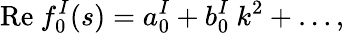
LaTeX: \mathrm{Re~}f_{0}^{I}(s)=a_{0}^{I}+b_{0}^{I}\ k^{2}+\ldots,